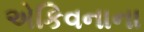
એકિવનાના